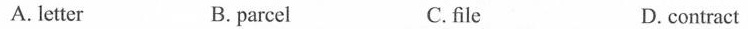
A. letter B.parcel C.file D. contract